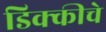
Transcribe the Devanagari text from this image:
डिक्कीचे